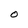
Character: O